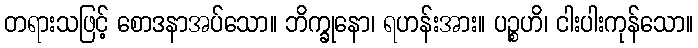
တရားသဖြင့် စောဒနာအပ်သော။ ဘိက္ခုနော၊ ရဟန်းအား။ ပဉ္စဟိ၊ ငါးပါးကုန်သော။